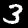
Digit: 3